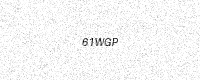
Text: 61WGP